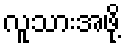
လူသားအဖို့